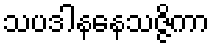
သပဒါနနေသဇ္ဇိကာ